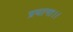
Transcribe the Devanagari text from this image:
प्रयागा।।